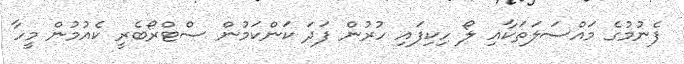
ފެނުމުގެ މައްސަލަތަކާއި ލޯ ހިކިފައި ހުރުން ފަދަ ކަންކަމުން ސްޓްރޯބެރީ ކެއުމުން މީހާ